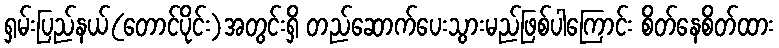
ရှမ်းပြည်နယ်(တောင်ပိုင်း)အတွင်းရှိ တည်ဆောက်ပေးသွားမည်ဖြစ်ပါကြောင်း စိတ်နေစိတ်ထား